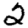
Digit: 2